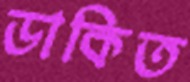
ডাকিত